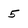
Character: 5